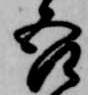
吾